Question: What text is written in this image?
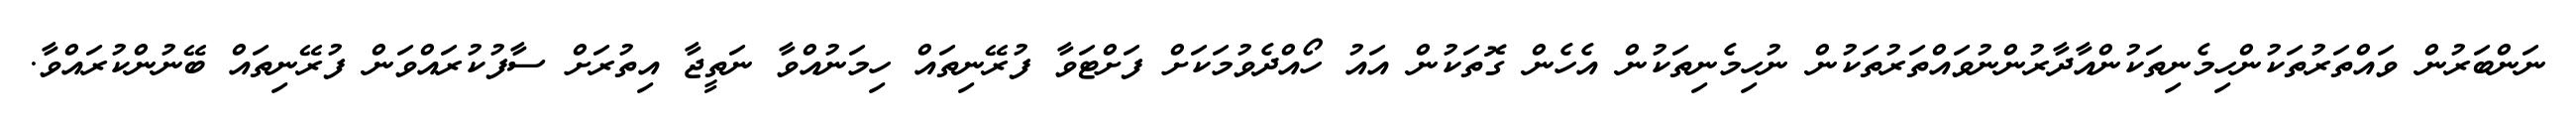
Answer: ނަންބަރުން ވައްތަރުތަކުންހިމެނިތަކުންއާދާރުންނުވައްތަރުތަކުން ނުހިމެނިތަކުން އެހެން ގޮތަކުން އައު ހޯއްދެވުމަކަށް ފަށްޓަވާ ފުރޭނިތައް ހިމަނުއްވާ ނަތީޖާ އިތުރަށް ސާފުކުރައްވަން ފުރޭނިތައް ބޭނުންކުރައްވާ.